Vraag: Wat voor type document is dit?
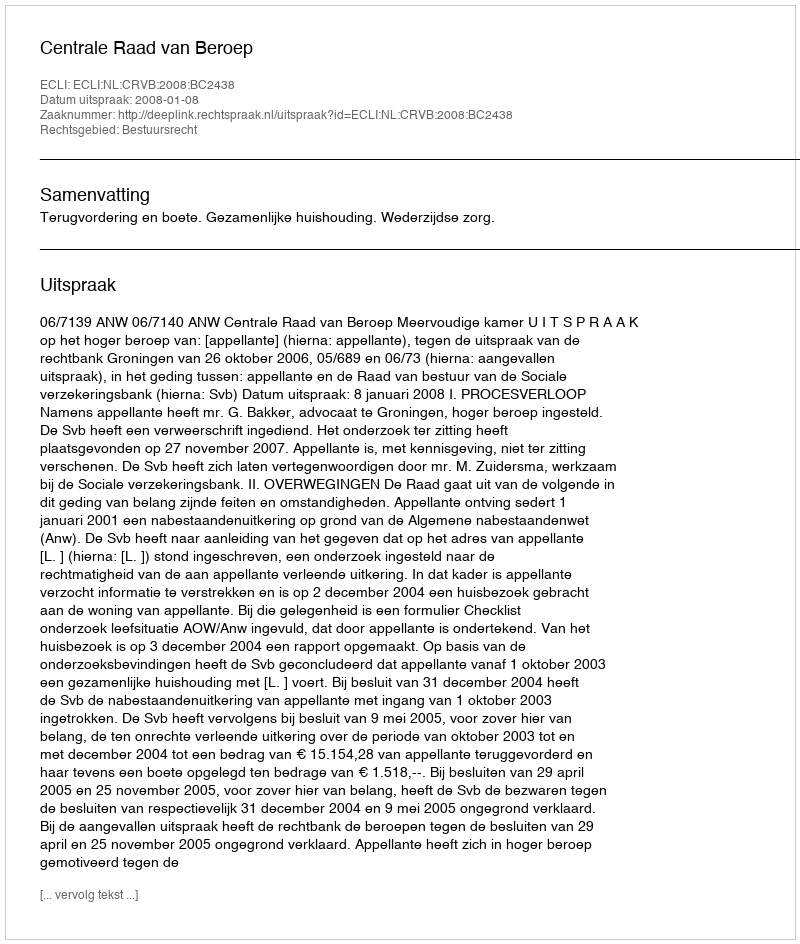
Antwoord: Uitspraak